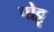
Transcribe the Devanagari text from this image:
पोट्टू